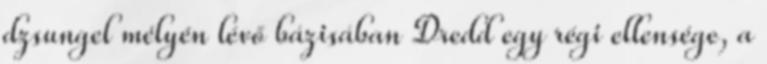
dzsungel mélyén lévő bázisában Dredd egy régi ellensége, a